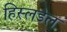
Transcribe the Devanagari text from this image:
हिस्लडेल